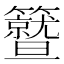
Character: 𥷛